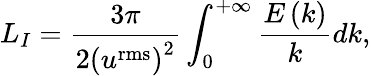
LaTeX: {L_{I}}=\frac{3\pi}{2{{\left({{u}^{\mathrm{{rms}}}}\right)}^{2}}}\int_{0}^{+\infty}{\frac{E\left(k\right)}{k}dk},